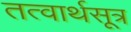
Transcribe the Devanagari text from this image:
तत्वार्थसूत्र